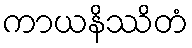
ကာယနိဿိတံ